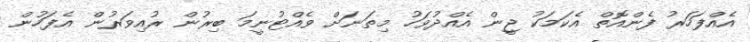
އެއްފަހަރު ފެންއޮތް އެކަމަކު ޖީން އެއްދުވަހު މިތަނަށް ވެއްޓުނީމަ ބިރުން ރުއިވަރުން އެފަހުން